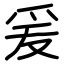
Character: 爰